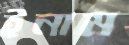
ইনাম